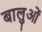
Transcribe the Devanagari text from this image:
बालुओं